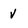
Character: v